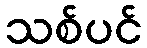
သစ်ပင်